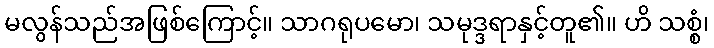
မလွန်သည်အဖြစ်ကြောင့်။ သာဂရုပမော၊ သမုဒ္ဒရာနှင့်တူ၏။ ဟိ သစ္စံ၊